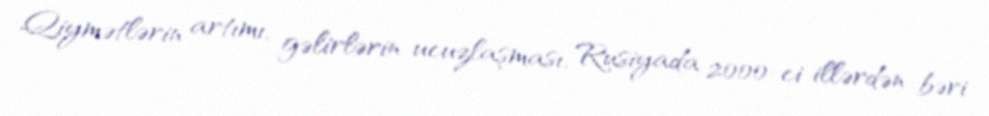
Qiymətlərin artımı, gəlirlərin ucuzlaşması, Rusiyada 2000-ci illərdən bəri